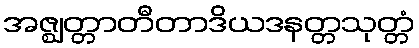
အဇ္ဈတ္တာတီတာဒိယဒနတ္တသုတ္တံ